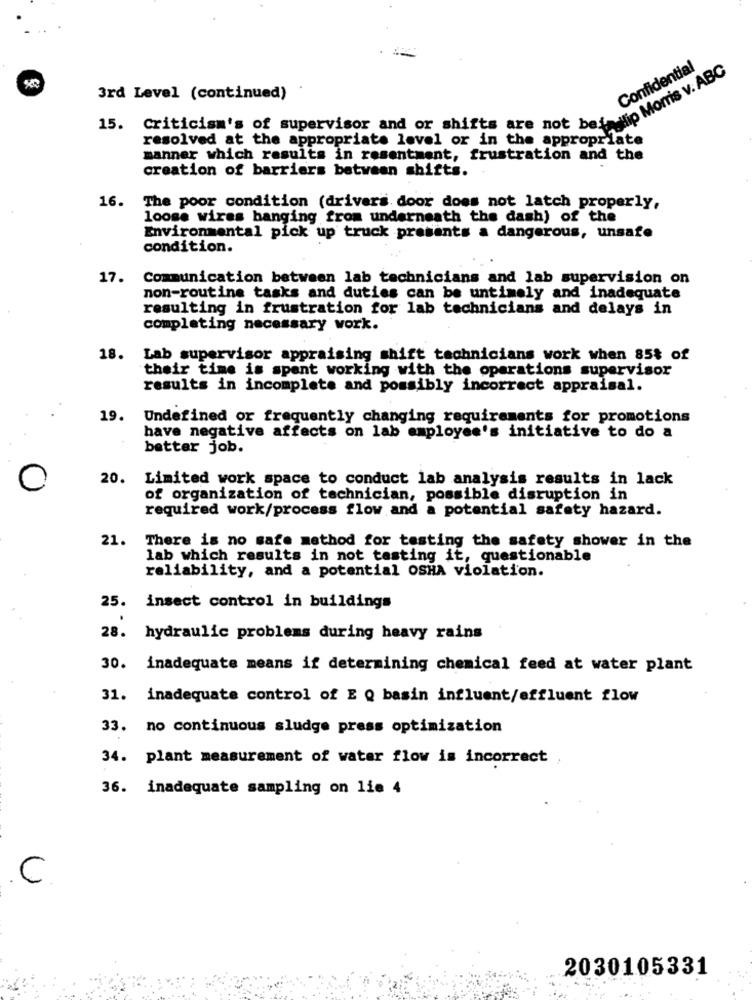
Confidential
3rd Level (continued)
criticism's of supervisor and or shifts are not bede Morris v.
15.
resolved at the appropriate level or in the appropriate
manner which results in resentment, frustration and the
creation of barriers between shifts.
16.
The poor condition (drivers door does not latch properly,
loose wires hanging from underneath the dash) of the
Environmental pick up truck presents a dangerous, unsafe
condition.
17.
Communication between lab technicians and lab supervision on
non-routine tasks and duties can be untimely and inadequate
resulting in frustration for lab technicians and delays in
completing necessary work.
18.
Lab supervisor appraising shift technicians work when 85% of
their time is spent working with the operations supervisor
results in incomplete and possibly incorrect appraisal.
19.
Undefined or frequently changing requirements for promotions
have negative affects on lab employee's initiative to do a
better job.
20.
Limited work space to conduct lab analysis results in lack
of organization of technician, possible disruption in
required work/process flow and a potential safety hazard.
21.
There is no safe method for testing the safety shower in the
lab which results in not tasting it, questionable
reliability, and a potential OSHA violation.
25.
insect control in buildings
28. hydraulic problems during heavy rains
30. inadequate means if determining chemical feed at water plant
31. inadequate control of E Q basin influent/effluent flow
33. no continuous sludge press optimization
34. plant measurement of water flow is incorrect
36. inadequate sampling on lie 4
C
2030105331